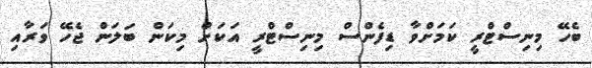
ބެހޭ މިނިސްޓްރީ ކަމަށްވާ ޑިފެންސް މިނިސްޓްރީ އަކަށް މިކަން ބަލަން ޖެހޭ ވަރާއި